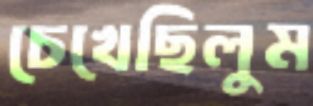
চেখেছিলুম